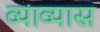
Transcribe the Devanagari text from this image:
व्याव्यास